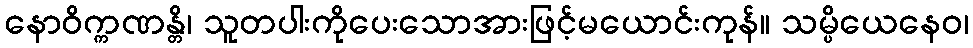
နောဝိက္ကဏန္တိ၊ သူတပါးကိုပေးသောအားဖြင့်မယောင်းကုန်။ သမ္ပိယေနေဝ၊